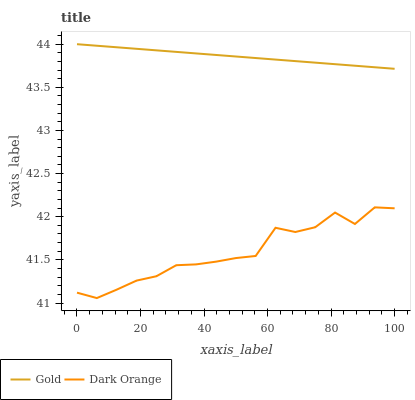
| xaxis_label | Gold | Dark Orange |
 | --- | --- | --- |
 | 0 | 44 | 41.1 |
 | 6.25 | 44 | 41.1 |
 | 12.5 | 44 | 41.2 |
 | 18.8 | 43.9 | 41.3 |
 | 25 | 43.9 | 41.3 |
 | 31.2 | 43.9 | 41.4 |
 | 37.5 | 43.9 | 41.4 |
 | 43.8 | 43.9 | 41.5 |
 | 50 | 43.9 | 41.5 |
 | 56.2 | 43.8 | 41.5 |
 | 62.5 | 43.8 | 41.9 |
 | 68.8 | 43.8 | 41.8 |
 | 75 | 43.8 | 41.9 |
 | 81.2 | 43.8 | 42 |
 | 87.5 | 43.8 | 41.9 |
 | 93.8 | 43.7 | 42.1 |
 | 100 | 43.7 | 42.1 |